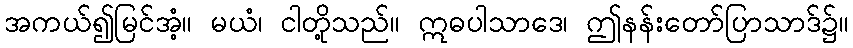
အကယ်၍မြင်အံ့။ မယံ၊ ငါတို့သည်။ ဣဓပါသာဒေ၊ ဤနန်းတော်ပြာသာဒ်၌။